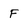
Character: F